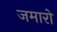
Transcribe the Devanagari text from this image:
जमारो